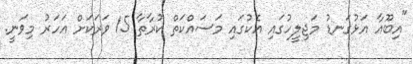
"އިބޫއާ އަޅުގަނޑު މަޖިލީހުގައި އެކުގައި މަސައްކަތް ކުރާތާ 15 ވަރަކަށް އަހަރު މިވަނީ.